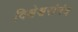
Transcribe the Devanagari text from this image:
विश्वेश्वरांनंद